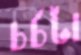
চর্চটা